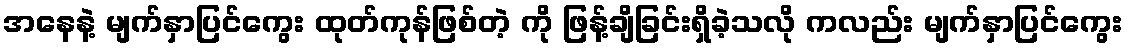
အနေနဲ့ မျက်နှာပြင်ကွေး ထုတ်ကုန်ဖြစ်တဲ့ ကို ဖြန့်ချိခြင်းရှိခဲ့သလို ကလည်း မျက်နှာပြင်ကွေး